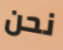
نحن